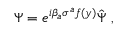
\Psi = e ^ { i \beta _ { a } \sigma ^ { a } f ( y ) } \hat { \Psi } \ ,